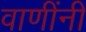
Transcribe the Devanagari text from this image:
वाणींनी